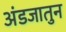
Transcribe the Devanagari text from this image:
अंडजातुन